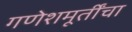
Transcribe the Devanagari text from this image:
गणेशमूर्तींचा